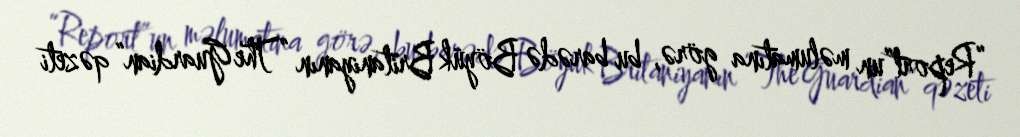
“Report”un məlumatına görə, bu barədə Böyük Britaniyanın “The Guardian” qəzeti